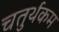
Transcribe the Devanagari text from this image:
चतुर्थकम